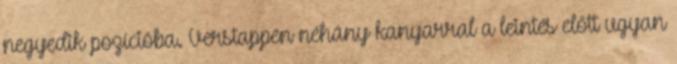
negyedik pozícióba. Verstappen néhány kanyarral a leintés előtt ugyan